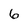
Character: 6